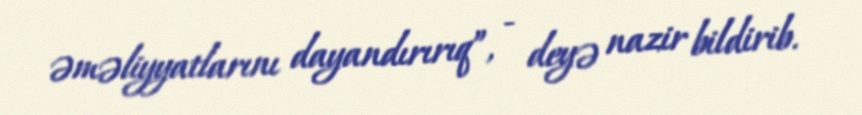
əməliyyatlarını dayandırırıq”, - deyə nazir bildirib.